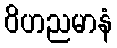
ဝိဟညမာနံ